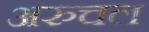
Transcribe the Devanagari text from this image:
अरुचल